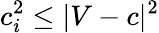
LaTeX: c_{i}^{2}\leq|V-c|^{2}